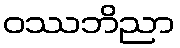
ဝဿဘိညာ